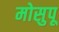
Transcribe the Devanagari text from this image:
मोसुपू